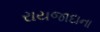
રાયજાદાના